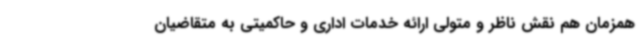
همزمان هم نقش ناظر و متولی ارائه خدمات اداری و حاکمیتی به متقاضیان